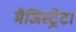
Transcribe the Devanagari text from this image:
मैजिस्ट्रेट।